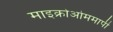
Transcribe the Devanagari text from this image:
माइक्रोओममापी